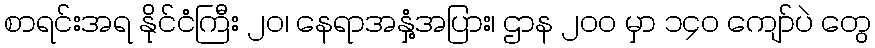
စာရင်းအရ နိုင်ငံကြီး ၂၀၊ နေရာအနှံ့အပြား၊ ဌာန ၂၀၀ မှာ ၁၄၀ ကျော်ပဲ တွေ